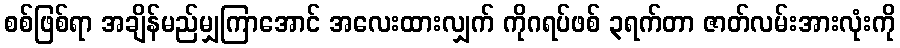
စစ်ဖြစ်ရာ အချိန်မည်မျှကြာအောင် အလေးထားလျှက် ကိုဂရပ်ဖစ် ၃ရက်တာ ဇာတ်လမ်းအားလုံးကို